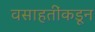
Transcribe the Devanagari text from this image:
वसाहतींकडून